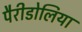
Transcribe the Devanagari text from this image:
पैरीडोलिया